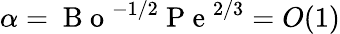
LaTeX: \alpha=\mathrm{~B~o~}^{-1/2}\mathrm{~P~e~}^{2/3}=O(1)